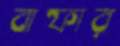
বাফার